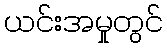
ယင်းအမှုတွင်